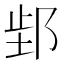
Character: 𬩿